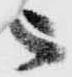
被